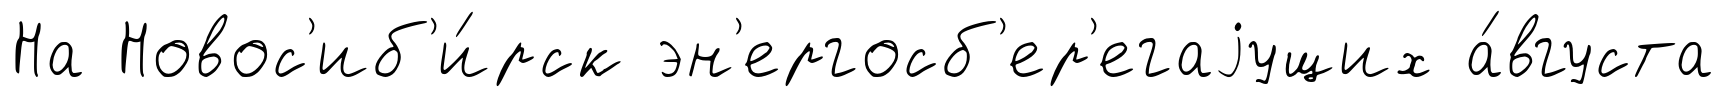
На Новос'иб'и́рск эн'ергосб'ер'егаjущих а́вгуста